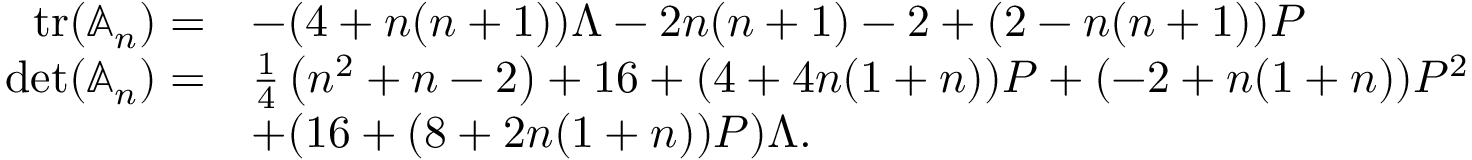
\begin{array} { r l } { \operatorname { t r } ( \mathbb A _ { n } ) = } & { - ( 4 + n ( n + 1 ) ) \Lambda - 2 n ( n + 1 ) - 2 + ( 2 - n ( n + 1 ) ) P } \\ { \operatorname* { d e t } ( \mathbb A _ { n } ) = } & { \frac { 1 } { 4 } \left( n ^ { 2 } + n - 2 \right) + 1 6 + ( 4 + 4 n ( 1 + n ) ) P + ( - 2 + n ( 1 + n ) ) P ^ { 2 } } \\ & { + ( 1 6 + ( 8 + 2 n ( 1 + n ) ) P ) \Lambda . } \end{array}